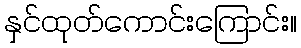
နှင်ထုတ်ကောင်းကြောင်း။